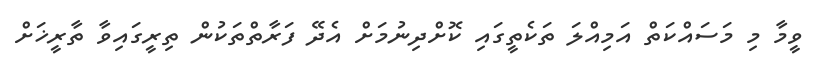
ވީމާ މި މަސައްކަތް އަމިއްލަ ތަކެތީގައި ކޮށްދިނުމަށް އެދޭ ފަރާތްތަކުން ތިރީގައިވާ ތާރީޚަށް